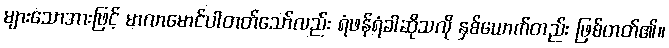
များသောအားဖြင့် မာလာမောင်ပါတတ်သော်လည်း ရံဖန်ရံခါဆိုသလို နှစ်ယောက်တည်း ဖြစ်တတ်၏။